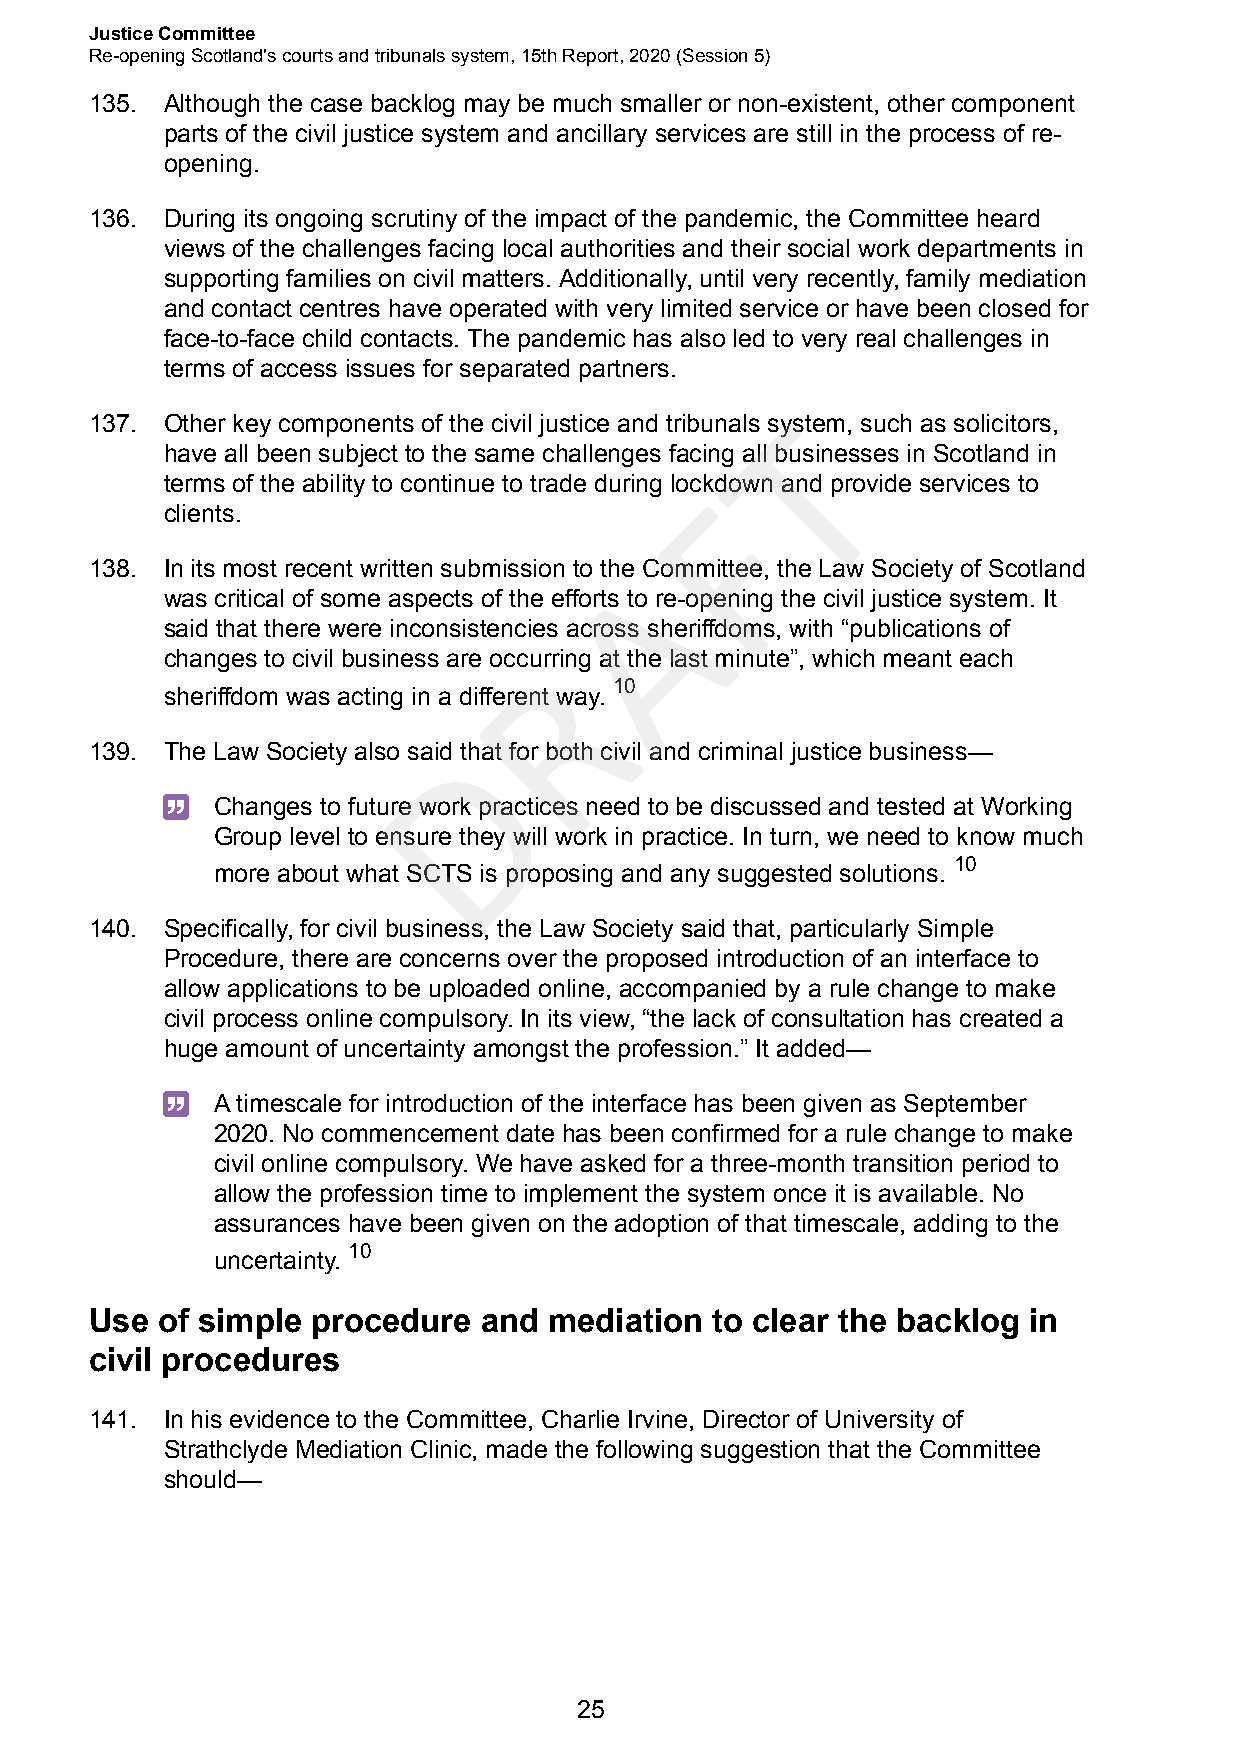
Justice Committee
 Re-opening Scotland's courts and tribunals system, 15th Report, 2020 (Session 5)
 135. Although the case backlog may be much smaller or non-existent, other component
 parts of the civil justice system and ancillary services are still in the process of re-
 opening.
 136. During its ongoing scrutiny of the impact of the pandemic, the Committee heard
 views of the challenges facing local authorities and their social work departments in
 supporting families on civil matters. Additionally, until very recently, family mediation
 and contact centres have operated with very limited service or have been closed for
 face-to-face child contacts. The pandemic has also led to very real challenges in
 terms of access issues for separated partners.
 T
 137. Other key components of the civil justice and tribunals system, such as solicitors,
 have all been subject to the same challenges facing all businesses in Scotland in
 terms of the ability to continue to trade during lockdown and provide services to
 F
 clients.
 138. In its most recent written submission to theA Committee, the Law Society of Scotland
 was critical of some aspects of the efforts to re-opening the civil justice system. It
 said that there were inconsistencies across sheriffdoms, with “publications of
 changes to civil business are occuRrring at the last minute”, which meant each
 10
 sheriffdom was acting in a different way.
 D
 139. The Law Society also said that for both civil and criminal justice business—
 Changes to future work practices need to be discussed and tested at Working
 Group level to ensure they will work in practice. In turn, we need to know much
 10
 more about what SCTS is proposing and any suggested solutions.
 140. Specifically, for civil business, the Law Society said that, particularly Simple
 Procedure, there are concerns over the proposed introduction of an interface to
 allow applications to be uploaded online, accompanied by a rule change to make
 civil process online compulsory. In its view, “the lack of consultation has created a
 huge amount of uncertainty amongst the profession.” It added—
 A timescale for introduction of the interface has been given as September
 2020. No commencement date has been confirmed for a rule change to make
 civil online compulsory. We have asked for a three-month transition period to
 allow the profession time to implement the system once it is available. No
 assurances have been given on the adoption of that timescale, adding to the
 10
 uncertainty.
 Use of simple  procedure  and mediation  to clear the backlog in
 civil procedures
 141. In his evidence to the Committee, Charlie Irvine, Director of University of
 Strathclyde Mediation Clinic, made the following suggestion that the Committee
 should—
 25